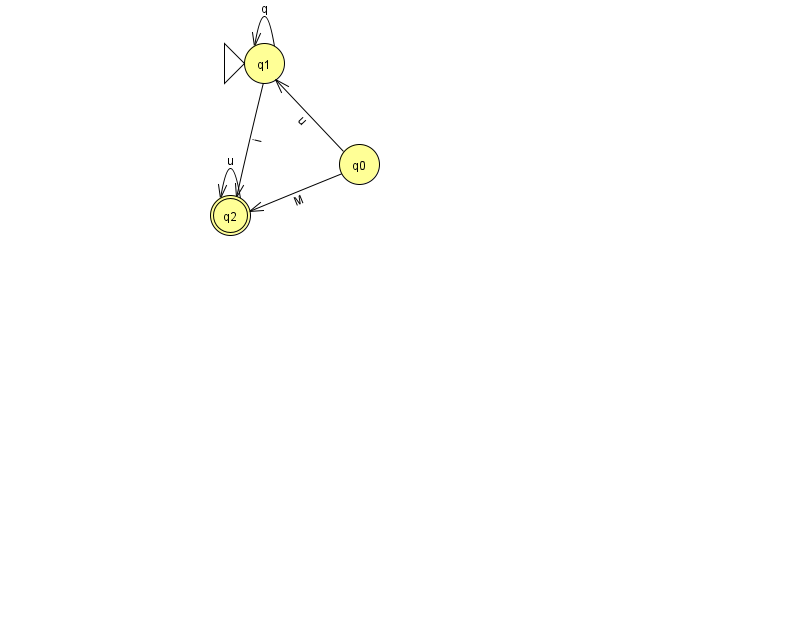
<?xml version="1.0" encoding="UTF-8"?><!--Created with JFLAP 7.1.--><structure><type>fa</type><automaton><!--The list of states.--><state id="0" name="q0"><x>359.0</x><y>151.0</y></state><state id="1" name="q1"><x>264.0</x><y>50.0</y><initial/></state><state id="2" name="q2"><x>230.0</x><y>202.0</y><final/></state><!--The list of transitions.--><transition><from>1</from><to>1</to><read>q</read></transition><transition><from>1</from><to>2</to><read>i</read></transition><transition><from>2</from><to>2</to><read>u</read></transition><transition><from>0</from><to>1</to><read>u</read></transition><transition><from>0</from><to>2</to><read>M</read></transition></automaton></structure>